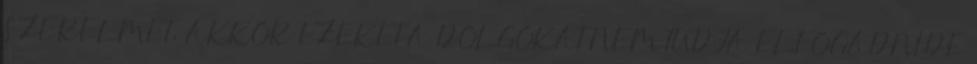
SZERELMET, AKKOR EZEKET A DOLGOKAT NEM TUDJA ELFOGADNI DE